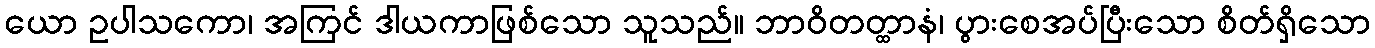
ယော ဥပါသကော၊ အကြင် ဒါယကာဖြစ်သော သူသည်။ ဘာဝိတတ္ထာနံ၊ ပွားစေအပ်ပြီးသော စိတ်ရှိသော